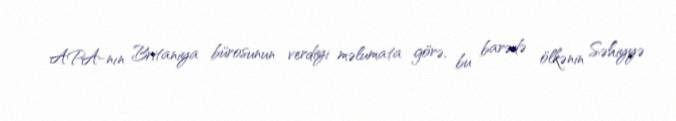
APA-nın Britaniya bürosunun verdiyi məlumata görə, bu barədə ölkənin Səhiyyə